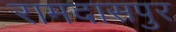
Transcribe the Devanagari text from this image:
रामदासपुर